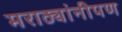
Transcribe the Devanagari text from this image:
मराठ्यांनीपण